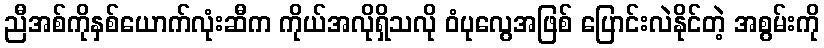
ညီအစ်ကိုနှစ်ယောက်လုံးဆီက ကိုယ်အလိုရှိသလို ဝံပုလွေအဖြစ် ပြောင်းလဲနိုင်တဲ့ အစွမ်းကို